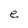
Character: e